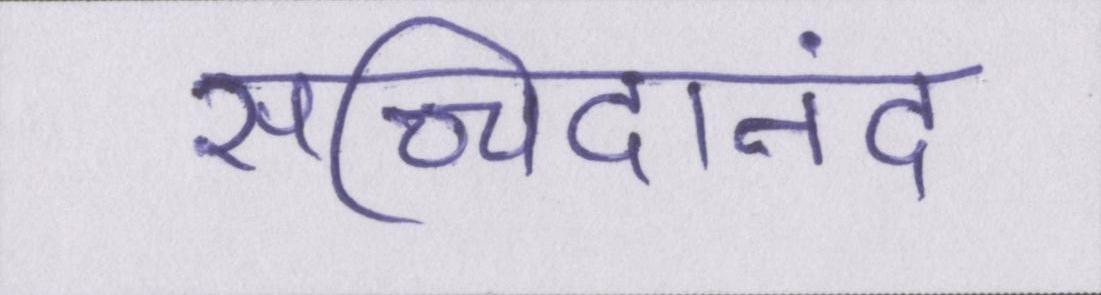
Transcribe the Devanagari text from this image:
सच्चिदानंद